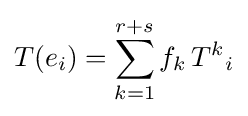
T(e_{i})=\sum _{k=1}^{r+s}f_{k}\,{T^{k}}_{i}